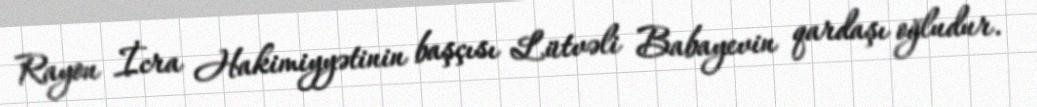
Rayon İcra Hakimiyyətinin başçısı Lütvəli Babayevin qardaşı oğludur.